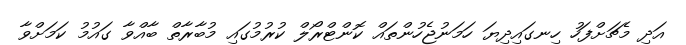
އަދި މެޗަށްފަހު ހިނގައިދިޔަ ހަމަނުޖެހުންތައް ކޮންޓްރޯލް ކުރުމުގައި މުބާރާތް ބާއްވާ ގައުމު ކަމަށްވާ